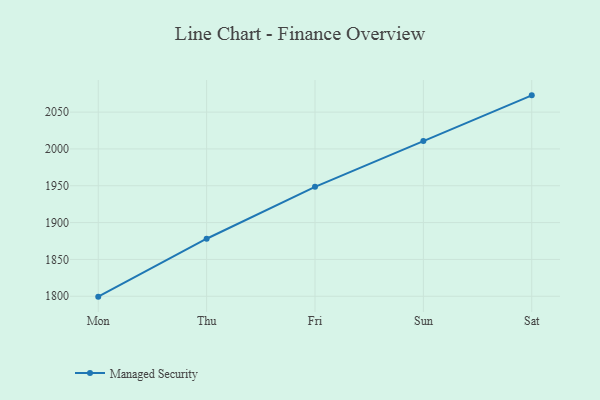
{"axis": {"x": "Day", "y": "Operating Costs (USD K)"}, "legend": ["Managed Security"], "data": [{"x": "Mon", "y": 1799.5, "type": "Managed Security"}, {"x": "Thu", "y": 1878.1, "type": "Managed Security"}, {"x": "Fri", "y": 1948.6, "type": "Managed Security"}, {"x": "Sun", "y": 2010.7, "type": "Managed Security"}, {"x": "Sat", "y": 2072.7, "type": "Managed Security"}]}